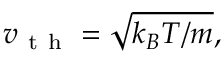
v _ { \mathrm { ~ t ~ h ~ } } = \sqrt { k _ { B } T / m } ,